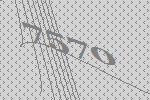
7570